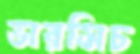
ভারসিচ